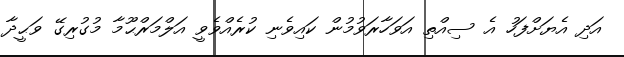
އަދި އެޔަށްފަހު އެ ސިއްތި އަވަހާރަވުމުން ކައިވެނި ކުރެއްވެވީ އަލްމަރްޙޫމާ މުގުރިގޭ ވަޙީދާ